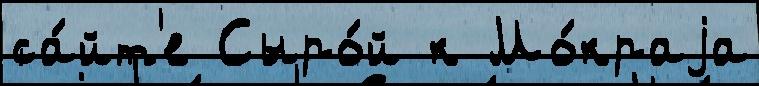
са́йт'е Сыро́й к Мо́краjа